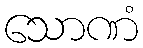
သောဏံ